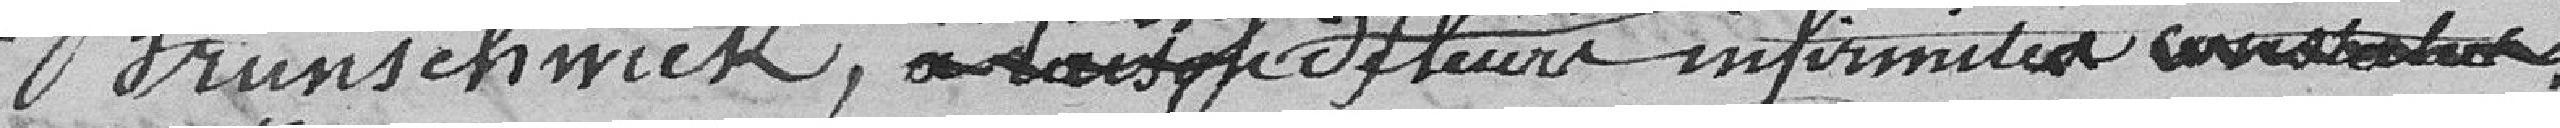
Brunschwick, lorsqu'ils justifieront de leur infirmité.